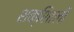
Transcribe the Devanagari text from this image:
शक्शिाली